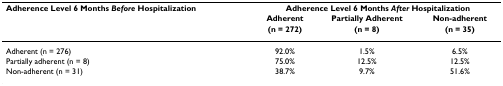
| Adherence Level 6 Months Before Hospitalization | <COLSPAN=3> Adherence Level 6 Months After Hospitalization |
 |  | Adherent | Partially Adherent | Non-adherent |
 |  | (n = 272) | (n = 8) | (n = 35) |
 | --- | --- | --- | --- |
 | Adherent (n = 276) | 92.0% | 1.5% | 6.5% |
 | Partially adherent (n = 8) | 75.0% | 12.5% | 12.5% |
 | Non-adherent (n = 31) | 38.7% | 9.7% | 51.6% |